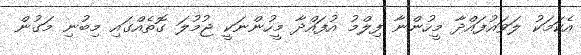
އެކަމަކު ލަވައުފައްދާ މީހުންނާ ފިލްމު އުފައްދާ މީހުންނަކީ ޖުމުލަ ގޮތެއްގައި މިބުނި މަގުން